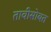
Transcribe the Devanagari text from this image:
तावीसोबत